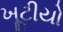
ખૂટીયો